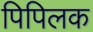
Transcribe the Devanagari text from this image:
पिपिलक